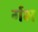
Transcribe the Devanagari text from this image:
र्गभ